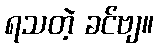
ရသတဲ့ ခင်ဗျ။